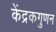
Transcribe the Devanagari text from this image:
केंद्रकगुणन